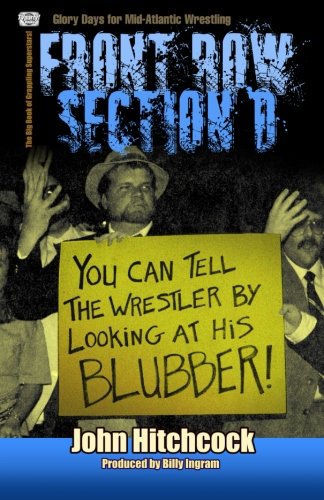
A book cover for Front Row Section D; John Hitchcock; Sports & Outdoors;